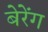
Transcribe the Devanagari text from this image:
बेरेंग